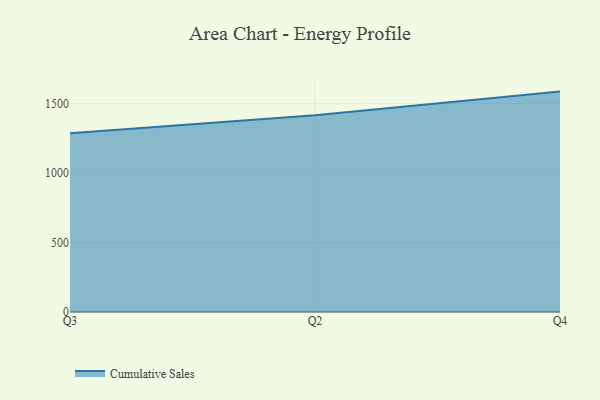
{"axis": {"x": "Quarter", "y": "Energy Usage (MWh)"}, "legend": ["Cumulative Sales"], "data": [{"x": "Q3", "y": 1286.1, "type": "Cumulative Sales"}, {"x": "Q2", "y": 1416.0, "type": "Cumulative Sales"}, {"x": "Q4", "y": 1586.4, "type": "Cumulative Sales"}]}